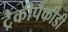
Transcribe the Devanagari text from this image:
ट्रैकीपैकीडी